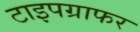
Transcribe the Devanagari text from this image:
टाइपग्राफर